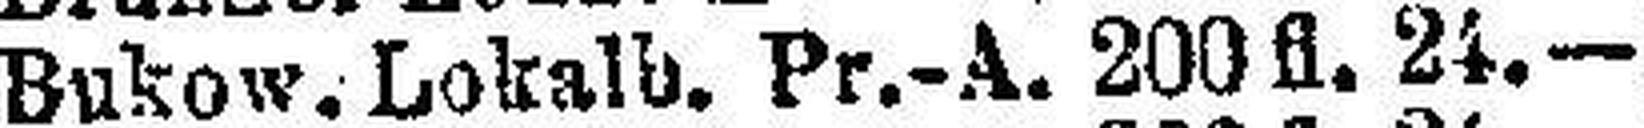
Bukow. Lokalb. Pr.-A. 200 fl. 24.—